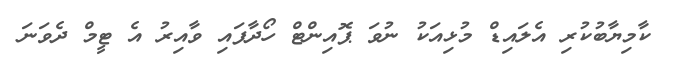
ކާމިޔާބުކުރި އެލައިޑް މުޅިއަކު ނުވަ ޕޮއިންޓް ހޯދާފައި ވާއިރު އެ ޓީމް ދެވަނަ